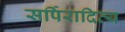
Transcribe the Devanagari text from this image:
सर्पिरादित्य